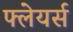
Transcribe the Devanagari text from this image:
फ्लेयर्स